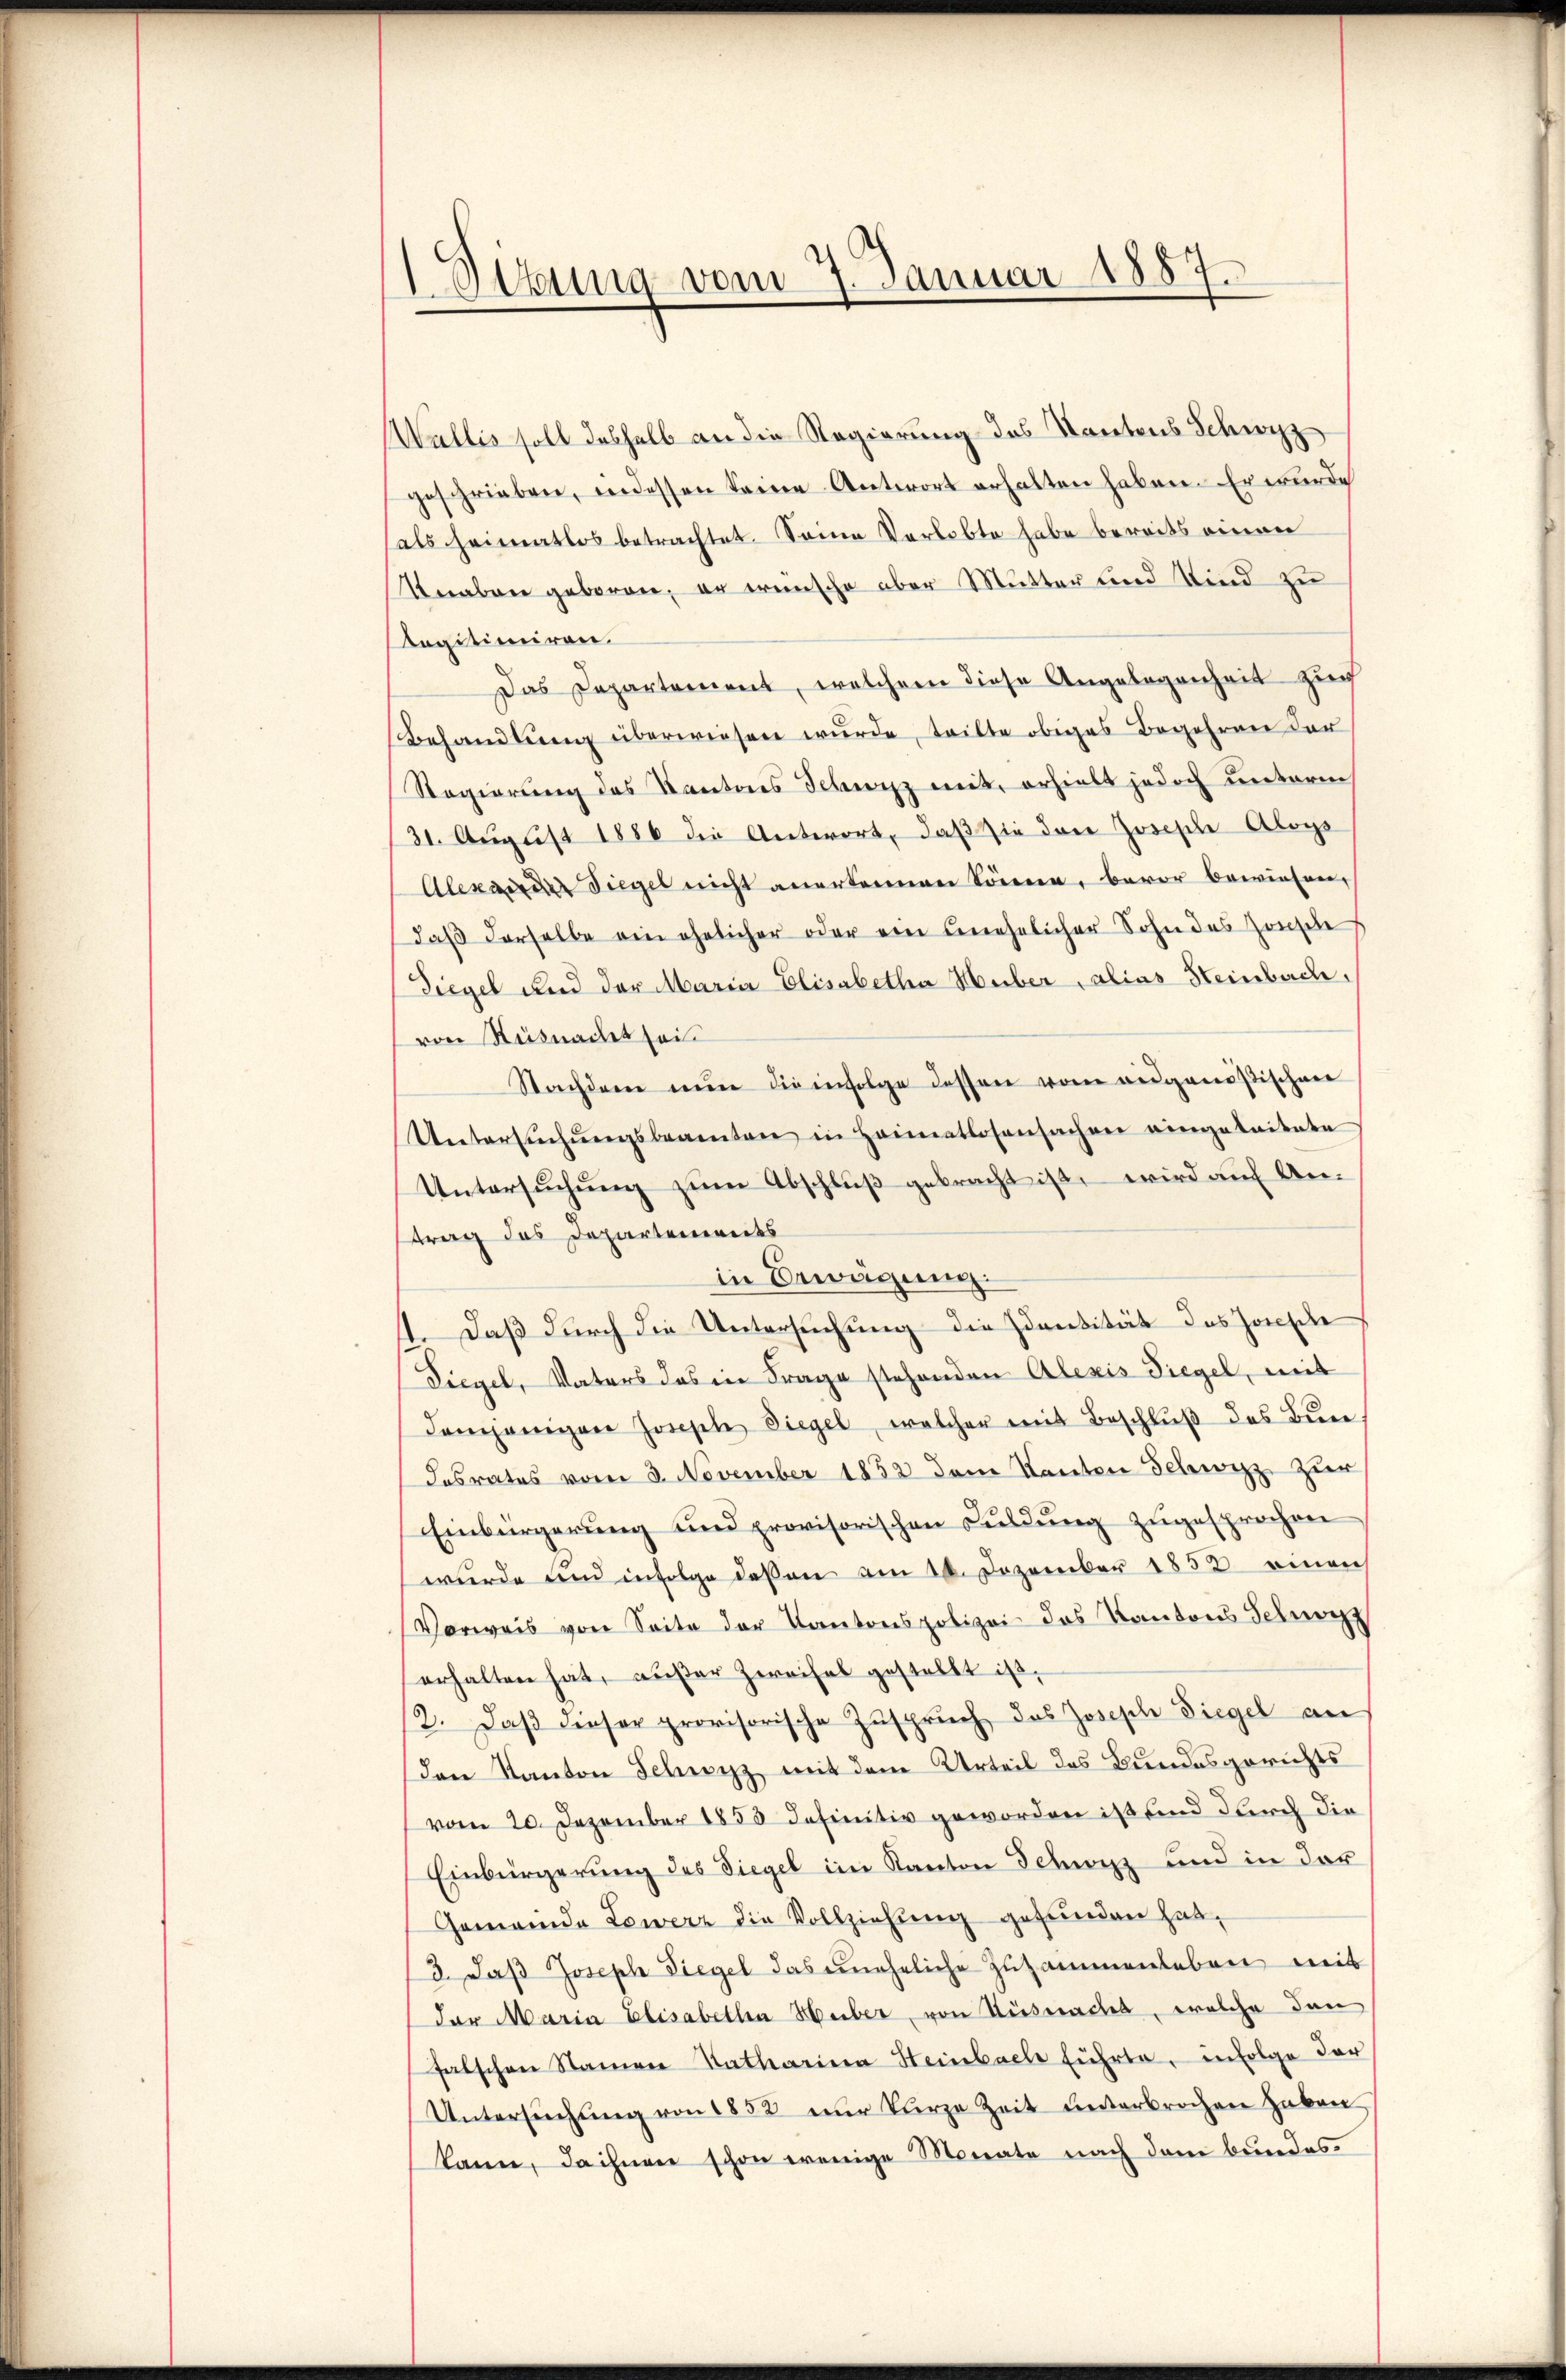
Sitzung vom 7. Januar 1887.

Wallis soll deshalb an die Regierung des Kantons Schwyz
geschrieben, indessen keine Antwort erhalten haben. Er wurde
als heimatlos betrachtet. Seine Verlobte habe bereits einen
Knaben geboren, er wünsche aber Mutter und Kind zu
Legitimiren.
Das Departement, welchem diese Angelegenheit zur
Behandlung überwiesen wurde, teilte obiges Begehren der
Regierung des Kantons Schwyz mit, erhielt jedoch unterm
31. August 1886 die Antwort, daß sie dan Joseph Aloys
Alexander Siegel nicht anerkennen könne, bevor bewiesen,
daβ derselbe ein ehelicher oder ein unehelicher Sohn des Hause
Siegel und der Maria Elisabetha Huber, alias Steinbach,
von Küsnacht sei
Nachdem nŭn die infolge dessen vom eidgenößischen
Untersŭchŭngsbeamten in Heimatlosensachen eingeleitete
Untersuchung zum Abschluß gebracht ist, wird auf Antrag des Departements
in Bewägung.
1. Daß durch die Untersuchung die Hansität des Jonesche
Siegel, Vaters das in Frage stehenden Alexis Siegel, mit
demjenigen Joseph Siegel, welcher mit Beschlŭβ des Bure
desrates vom 3. November 1852 dem Kanton Schwyz zur
Einbürgerung und provisorischen Culdung zugesprochen
wurde und infolge deßen am 10. Dezember 1858 einen
Vorweis von Seite der Kantonspolizei des Kantons Schwarz
erhalten hat, außer Zweifel gestellt ist.
2. Daβ dieser provisorische Zuspruch, das Joseph Siegel an
den Kanton Schwyz mit dem Urteil des Bundesgerichts
vom 20. Dezember 1853 definitiv geworden ist und durch die
Einbürgerung des Siegel im Kanton Schwyz und in der
Gemeinde Lowerz die Vollziehung gefunden hat,
3. daβ Joseph Siegel das uneheliche Zusammenleben weit
der Maria Elisabetha Huber, von Ausmaches, welche den
falschen Namen Ratharina Heinbach führte, infolge der
Untersŭchŭng von 1852 nur kurze Zeit unterbrochen haben,
kann, da ihnen schon wenige Monate nach dem bundes